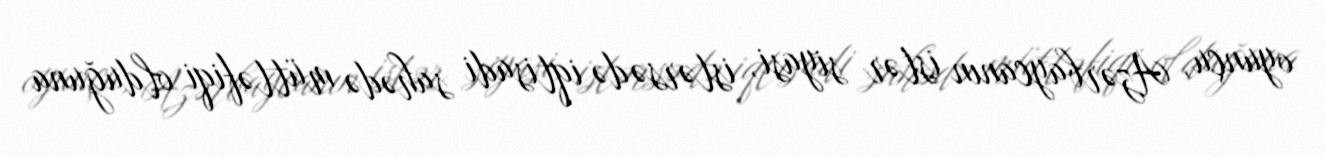
oyunçu, Azərbaycanın istər siyasi, istərsə də iqtisadi sahədə müttəfiqi olduğuna